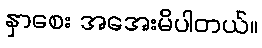
နှာစေး အအေးမိပါတယ်။